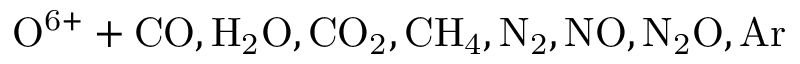
\mathrm { O ^ { 6 + } + C O , H _ { 2 } O , C O _ { 2 } , C H _ { 4 } , N _ { 2 } , N O , N _ { 2 } O , A r }